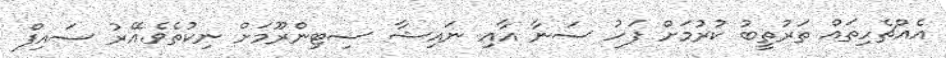
އެއްޗެހިތައް ތަރުތީބު ކުރުމަށް ފަހު ސަނާ އާއި ނައިޝާ ސިޓިންރޫމަށް ނިކުތެވެ.އޭރު ސައިފް